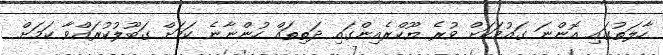
ހާލަތުގައި އޮންނަ ގައުމަކަށް ވުރެ ޔޫކްރެއިންގައި ދަތިތައް ހުންނާނެ ކަމަށް ގަބޫލުކުރައްވާ ކަމަށް